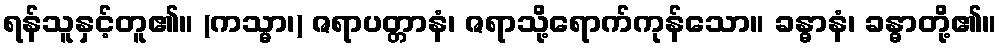
ရန်သူနှင့်တူ၏။ (ကသ္မာ၊) ဇရာပတ္တာနံ၊ ဇရာသို့ရောက်ကုန်သော။ ခန္ဓာနံ၊ ခန္ဓာတို့၏။